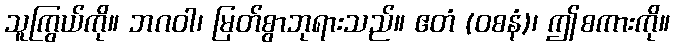
သူကြွယ်ကို။ ဘဂဝါ၊ မြတ်စွာဘုရားသည်။ ဧတံ (ဝစနံ)၊ ဤစကားကို။